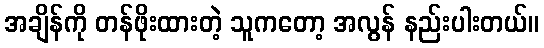
အချိန်ကို တန်ဖိုးထားတဲ့ သူကတော့ အလွန် နည်းပါးတယ်။